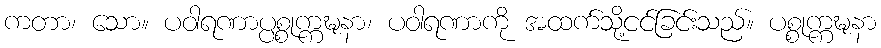
ကတာ၊ သော။ ပဝါရဏာပ္ပစ္စုက္ကဍ္ဎနာ၊ ပဝါရဏာကို အထက်သို့ငင်ခြင်းသည်။ ပစ္စုက္ကဍ္ဎနာ